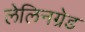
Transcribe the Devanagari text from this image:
लेलिनग्रेड